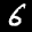
Label: 6